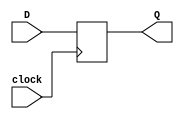
`timescale 1ns / 1ps
//////////////////////////////////////////////////////////////////////////////////
// Company: Boston University
// 
// Design Name: 
// Module Name: D_Flip_Flop
// Project Name: EC311 Logic Design Final Project
// Project Name: EC311 Logic Design Final Project
// Target Devices: NEXYS A7-100t with ARTIX-7 FPGA
// Tool Versions: Vivado 2022.2
// Description: D-Flip-Flop implemented in behavioral verilog
// 
// Dependencies: 
// 
// Revision:
// Revision 0.01 - File Created
// Additional Comments: USED CODE FROM https://www.fpga4student.com/2017/02/verilog-code-for-d-flip-flop.html

// 
//////////////////////////////////////////////////////////////////////////////////


//USED CODE FROM https://www.fpga4student.com/2017/02/verilog-code-for-d-flip-flop.html

module D_Flip_Flop(
    input D,
    input clock,
    output reg Q
    );
    
    always @(posedge clock) begin
        Q <= D;
    end
    
endmodule